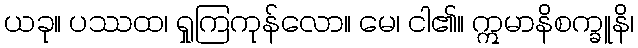
ယခု။ ပဿထ၊ ရှုကြကုန်လော။ မေ၊ ငါ၏။ ဣမာနိစက္ခူနိ၊